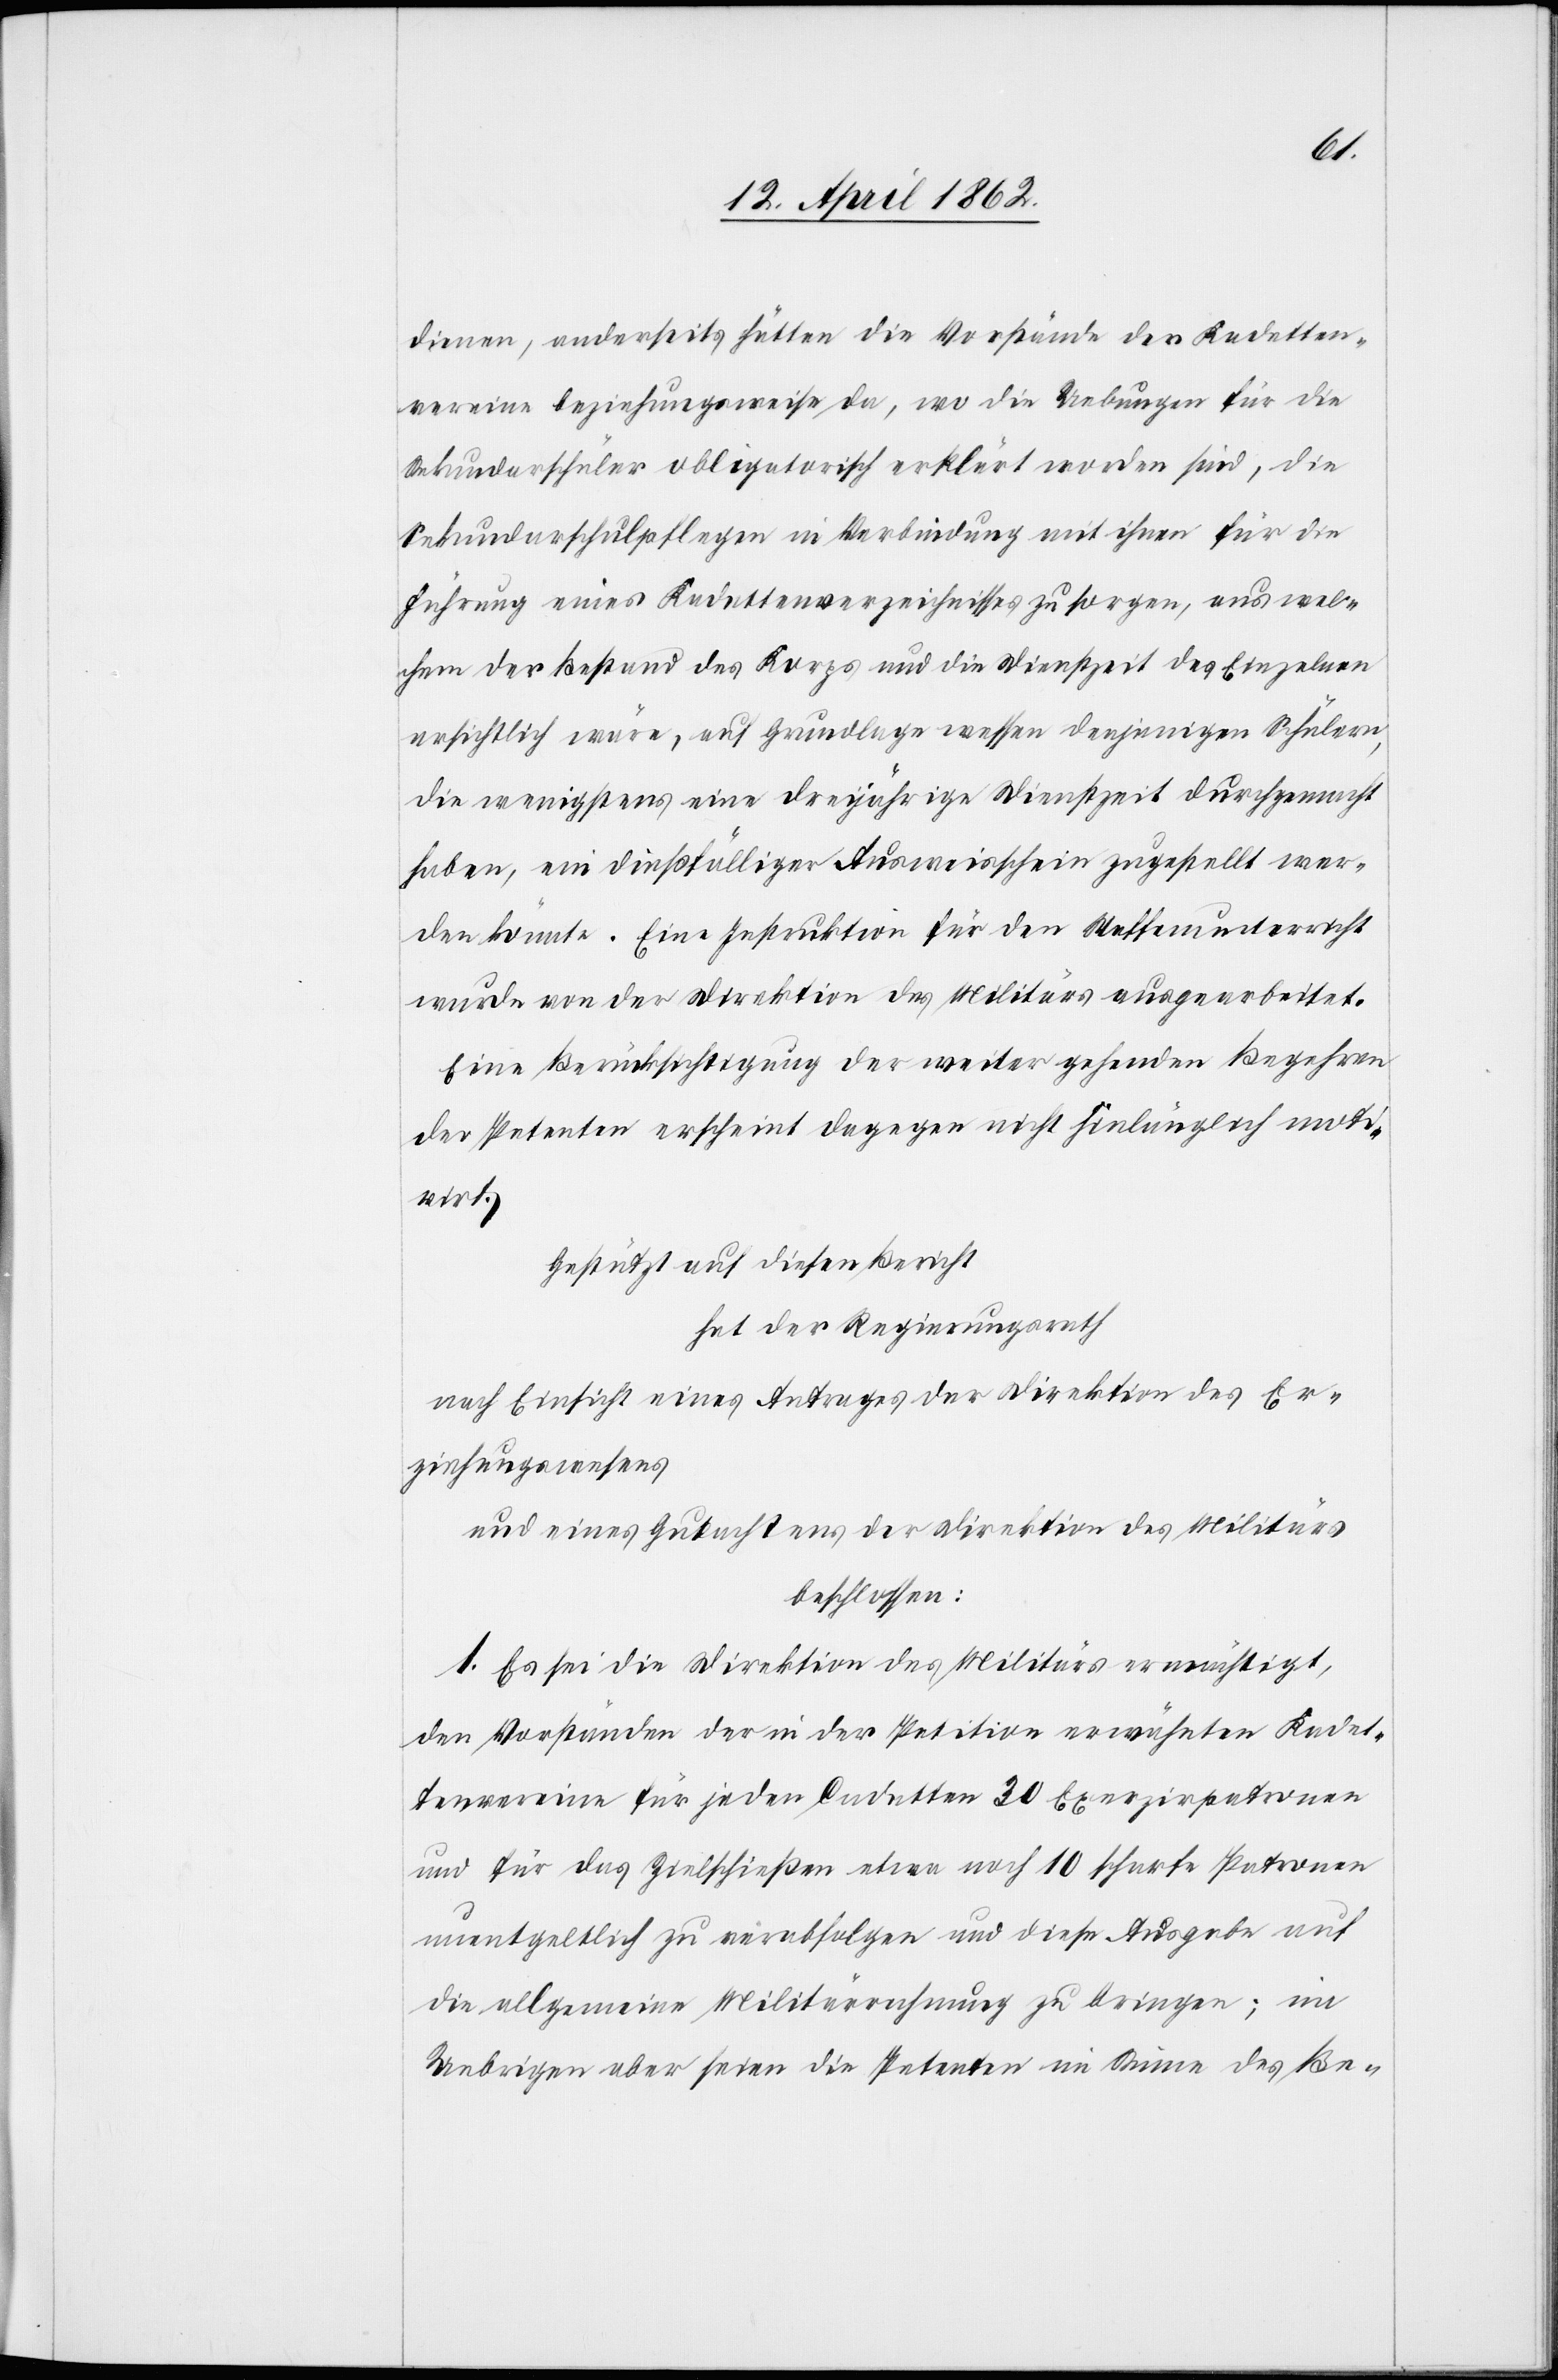
dienen, anderseits hätten die Vorstände der Kadetten¬
vereines beziehungsweise da, wo die Uebungen für die
Sekundarschüler obligatorisch erklärt worden sind, die
Sekundarschulpflegen in Verbindung mit ihnen für die
Führung eines Kadettenverzeichnisses zu sorgen, aus wel¬
chem der Bestand des Korps und die Dienstzeit des Einzelnen
ersichtlich wäre, auf Grundlage wessen [recte: dessen]denjenigen Schülern,
die wenigstens eine dreijährige Dienstzeit durchgemacht
haben, ein dießfälliger Ausweisschein zugestellt wer¬
den könnte. Eine Instruktion für den Waffenunterricht
wurde von der Direktion des Militärs ausgearbeitet.
Eine Berücksichtigung der weiter gehenden Begehren
der Petenten erscheint dagegen nicht hinlänglich moti¬
virt.
Gestützt auf diesen Bericht
hat der Regierungsrath
nach Einsicht eines Antrages der Direktion des Er¬
ziehungswesens
und eines Gutachtens der Direktion des Militärs
beschlossen:
1. Es sei die Direktion des Militärs ermächtigt,
den Vorständen der in der Petition erwähnten Kadet¬
tenvereine für jeden Cadetten 30 Exerzirpatronen
und für das Zielschießen etwa noch 10 scharfe Patronen
unentgeltlich zu verabfolgen und diese Ausgabe auf
die allgemeine Militärrechnung zu bringen; im
Uebrigen aber seien die Petenten im Sinne des Be-